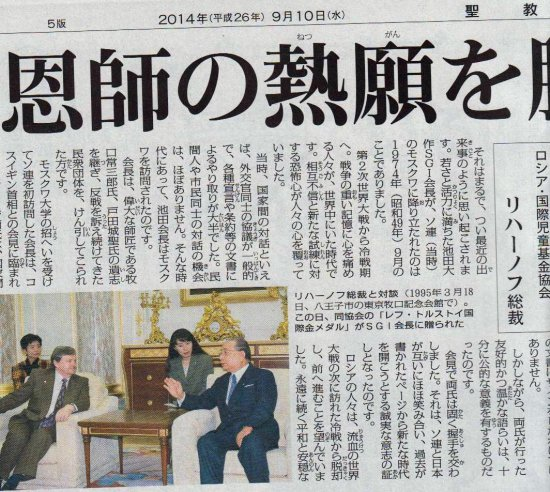
Language: ja